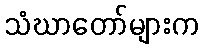
သံဃာတော်များက